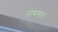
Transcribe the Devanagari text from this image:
जयगा।